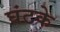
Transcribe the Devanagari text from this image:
घंटके